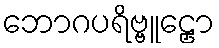
ဘောဂပရိဗ္ဗူဠှော